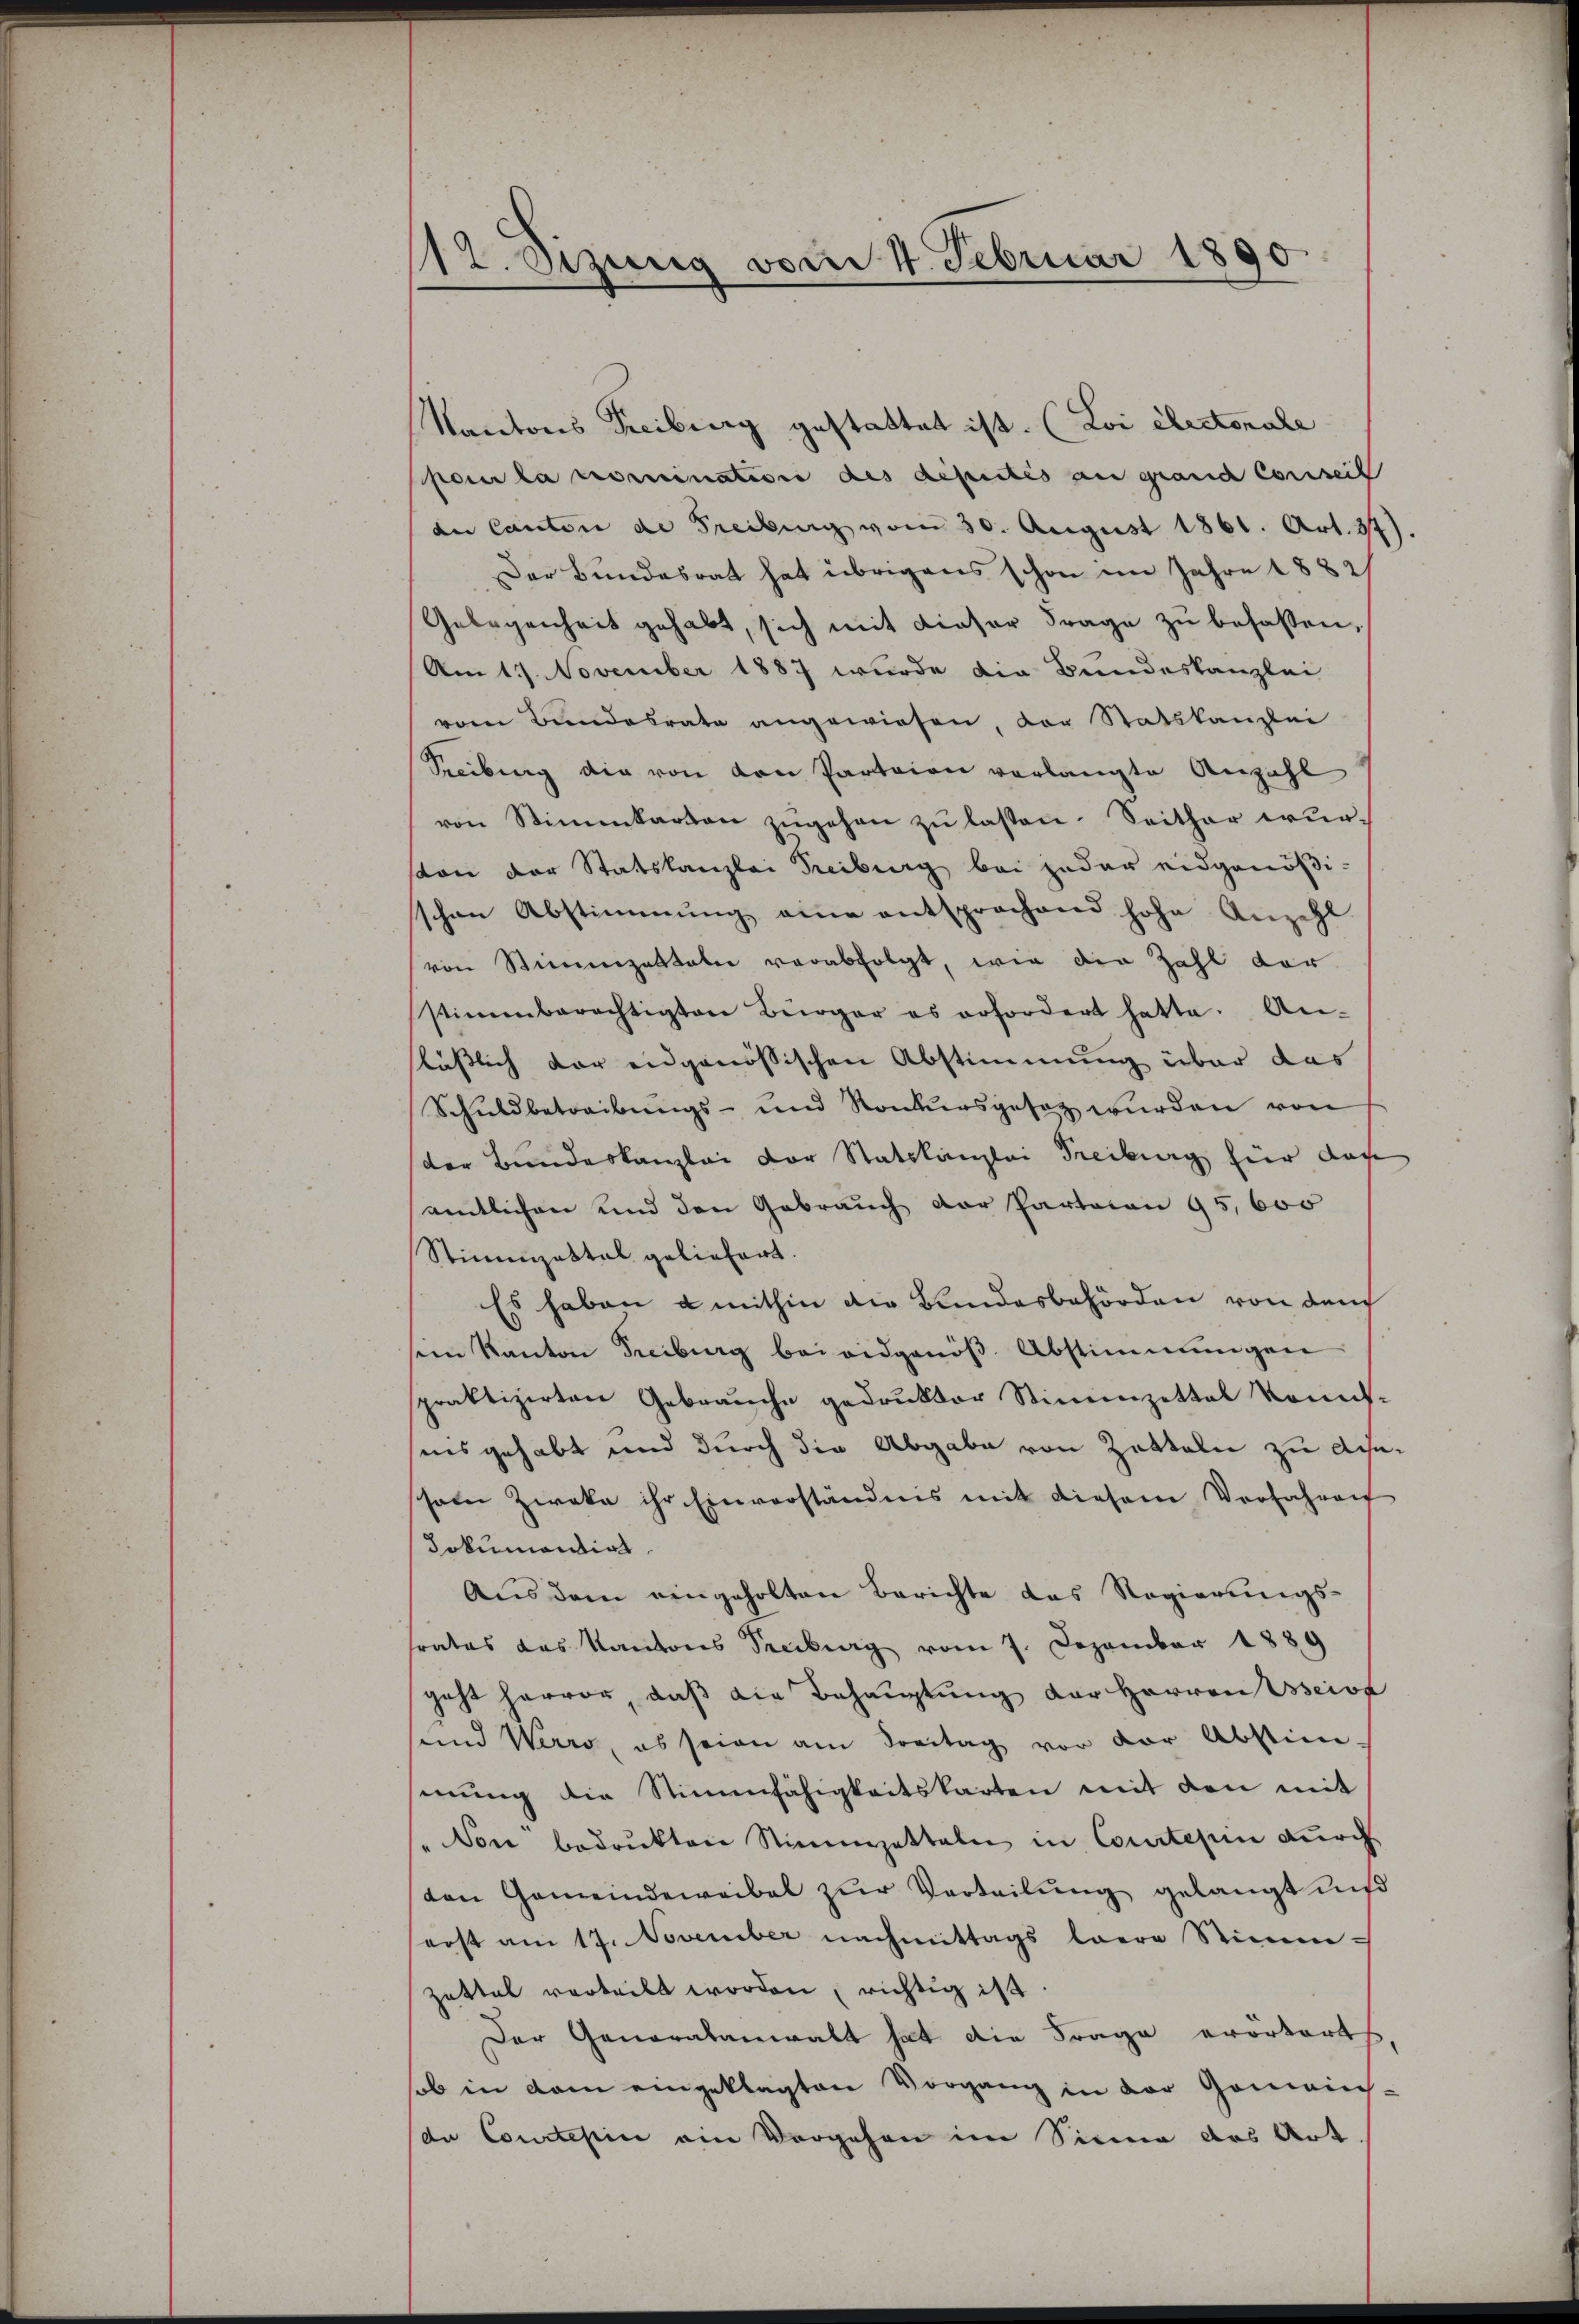
17. Sitzung vom 4. Februar 1890

Kantons Freiburg gestattet ist. (Loi électonale
pour la nomination des depictis an granc conseil
der Canton de Freibung vom 30. August 1861. Art. 37).
Der Bundesrat hat übrigens schon im Jahre 1882/
Gelegenheit gehabt, sich mit dieser Frage zu besassen,
Am 11. November 1887 wurde die Bundeskanzlei
vom Bundesrate angewiesen, der Statskanzlei
Seibung die von den Parteien verlangte Anzahl
von Stimmkarton zŭgehen zŭ lassen. Seither wurston der Statskanzlei Freiburg bei jeder eidgenößischen Abstimmung eine entsprochend hohe Anzahl
von Stimmzetteler verabfolgt, wie die Zahl vor
stimmberechtigten Bürger es erfordert hatte. An-
slässlich vor eidgenössischen Abstimmung über das
Schuldbetreibŭngs- und Konkursgesetz wurden von
(der Bundeskanzlei der Statskanzlei Freiburg hier doch
amtlichen und den Gebrauch der Parteien 95, 600
Stimmzettel geliefert.
Es haben u mithin die Bundesbehörden von den
sein Kanton Freiburg bei eidgenöß. Abstimmungen
spraktizirten Gebrauche gedruktor Stimmzettel konnt-
sins gehabt und durch die Abgabe von Zetteln zu dieschen Zweke ihr Einverständnis mit diesem Verfahren
dokumentirt.
Aus dem eingeholten Berichte das Regierungs-
frates das Kantons Seeberg vom 7. Dezember 1889
geht hervor, daß die Behauptung der Herren seine
sund Werro, es seien am Breitag vor der Abstim-
sinŭng die Stimmfähigkeitskarten mit den mit
"Von bedrukten Stimmzetteln in Comtesum durch
von Gemeindewaibel zŭr Verteilŭng gelangt und
erst am 17. November nachmittags leere Stimm-
Zettel verteilt worden, richtig ist
Der Generalanwalt hat die Frage erörtert
sob in dem eingeklagten Vorgang in der Gomains-
da Conclesii ein Vorgehen im Sinne des Art